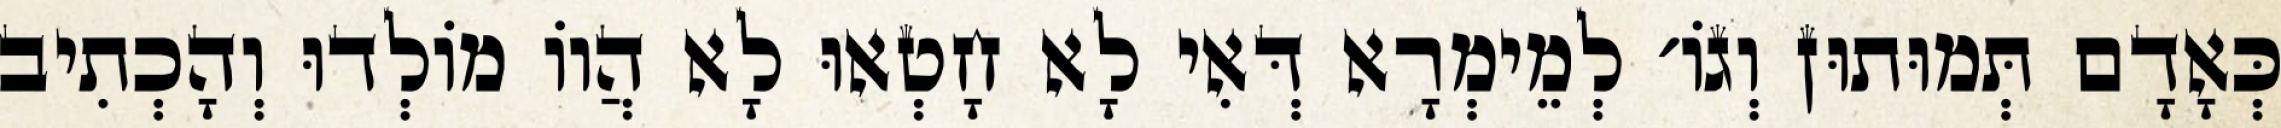
כְּאָדָם תְּמוּתוּן וְגוֹ׳ לְמֵימְרָא דְּאִי לָא חָטְאוּ לָא הֲווֹ מוֹלְדוּ וְהָכְתִיב